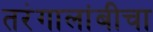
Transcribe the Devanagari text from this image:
तरंगालांबीचा